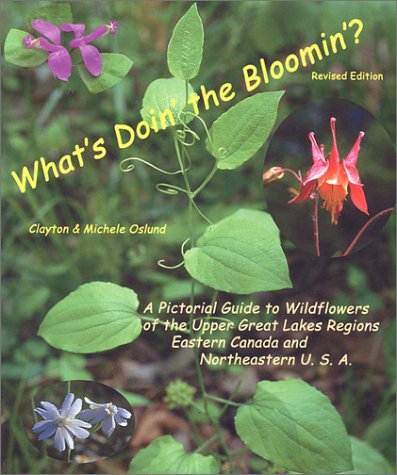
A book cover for What's Doin' the Bloomin'? Revised Edition:A Pictorial Guide to Wildflowers of the Upper Great Lakes Regions, Eastern Canada and Northeastern U. S. A.; Clayton Oslund; Crafts, Hobbies & Home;